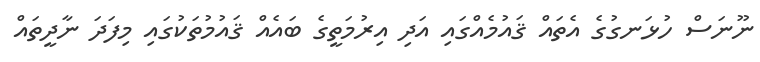
ނޫނަސް ހުޅަނގުގެ އެތައް ޤައުމެއްގައި އަދި އިރުމަތީގެ ބައެއް ޤައުމުތަކުގައި މިފަދަ ނާދީތައް